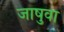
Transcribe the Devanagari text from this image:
जाषुवा